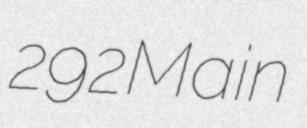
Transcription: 292 Main